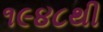
૧૯૪૮થી